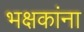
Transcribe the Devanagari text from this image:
भक्षकांना